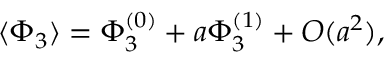
\langle \Phi _ { 3 } \rangle = \Phi _ { 3 } ^ { ( 0 ) } + a \Phi _ { 3 } ^ { ( 1 ) } + { \cal O } ( a ^ { 2 } ) ,